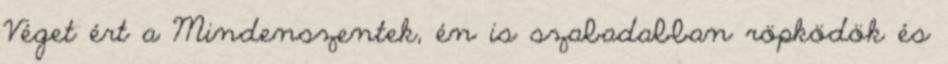
Véget ért a Mindenszentek, én is szabadabban röpködök és